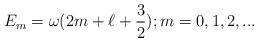
LaTeX: \begin{align*}E_m=\omega(2m+\ell+\frac{3}{2}) ; m=0,1,2,...\end{align*}